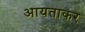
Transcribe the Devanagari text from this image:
आयताकर